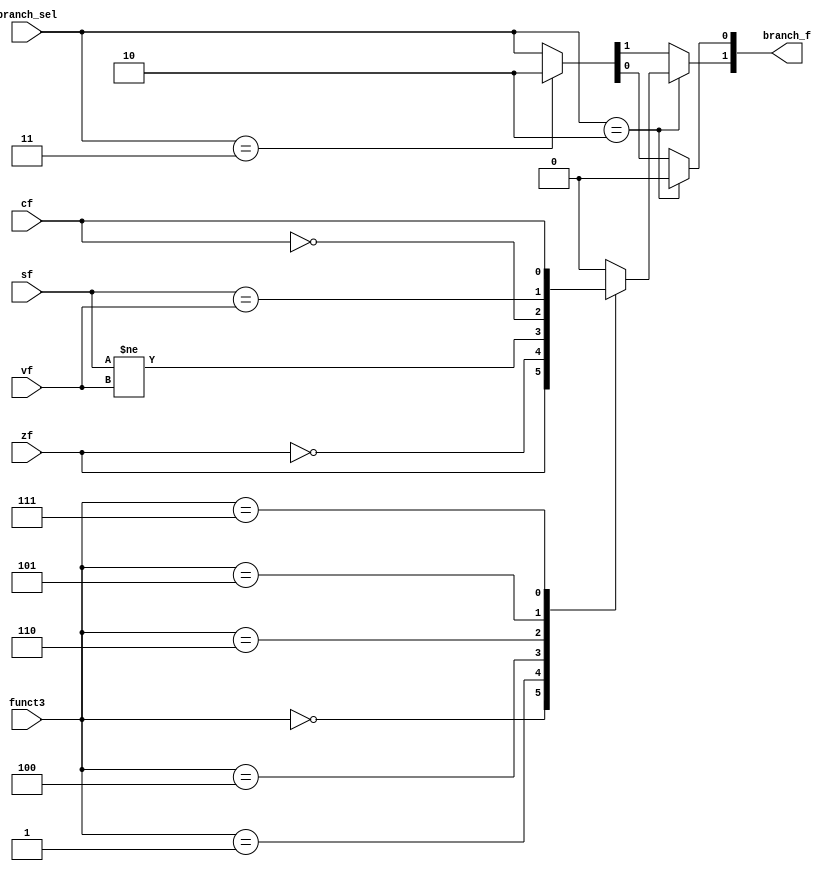
`timescale 1ns / 1ps
//////////////////////////////////////////////////////////////////////////////////
// Company: 
// Engineer: 
// 
// Design Name: 
// Module Name: branch_unit
// Project Name: 
// Target Devices: 
// Tool Versions: 
// Description: 
// 
// Dependencies: 
// 
// Revision:
// Revision 0.01 - File Created
// Additional Comments:
// 
//////////////////////////////////////////////////////////////////////////////////
//branch_sel == 00 --> pc_4
//branch_sel == 10 --> branching conditions
//branch_sel == 01 --> JALR branching
//branch
//pc_4 --> branch_f = 00 
//pc_branch --> branch_f = 10
//ALU_result --> branch_f = 01

module branch_ctrl (
	input wire cf, zf, vf, sf,
	input [1:0] branch_sel,
	input [2:0] funct3,
	output reg [1:0] branch_f
	);
	always @(*) begin
	   if(branch_sel == 2'b10) begin
		case(funct3)
			3'b000: branch_f[1] = zf;      //branch if equal
			3'b001: branch_f[1] = (~zf);   //branch if not equal
			3'b100: branch_f[1] = (sf != vf); //branch if less than
			3'b110: branch_f[1] = (~cf);  //branch if less than unsigned
			3'b101: branch_f[1] = (sf == vf); //branch if greater than
			3'b111: branch_f[1] = (cf);//branch if greater than unsigned
			default: branch_f[1] = 1'b0;    //don't branch 
		endcase
		branch_f[0] = 1'b0;
		end
		else if(branch_sel == 2'b11) branch_f = 2'b10; 
		else begin branch_f = branch_sel; end
	end
//////////////////////************************////////////////////
endmodule